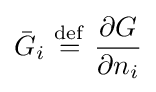
{\bar {G}}_{i}\ {\stackrel {\mathrm {def} }{=}}\ {\frac {\partial G}{\partial n_{i}}}